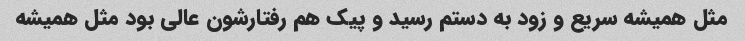
مثل همیشه سریع و زود به دستم رسید و پیک هم رفتارشون عالی بود مثل همیشه